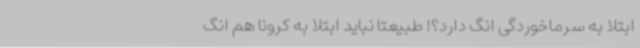
ابتلا به سرماخوردگی انگ دارد؟! طبیعتا نباید ابتلا به کرونا هم انگ